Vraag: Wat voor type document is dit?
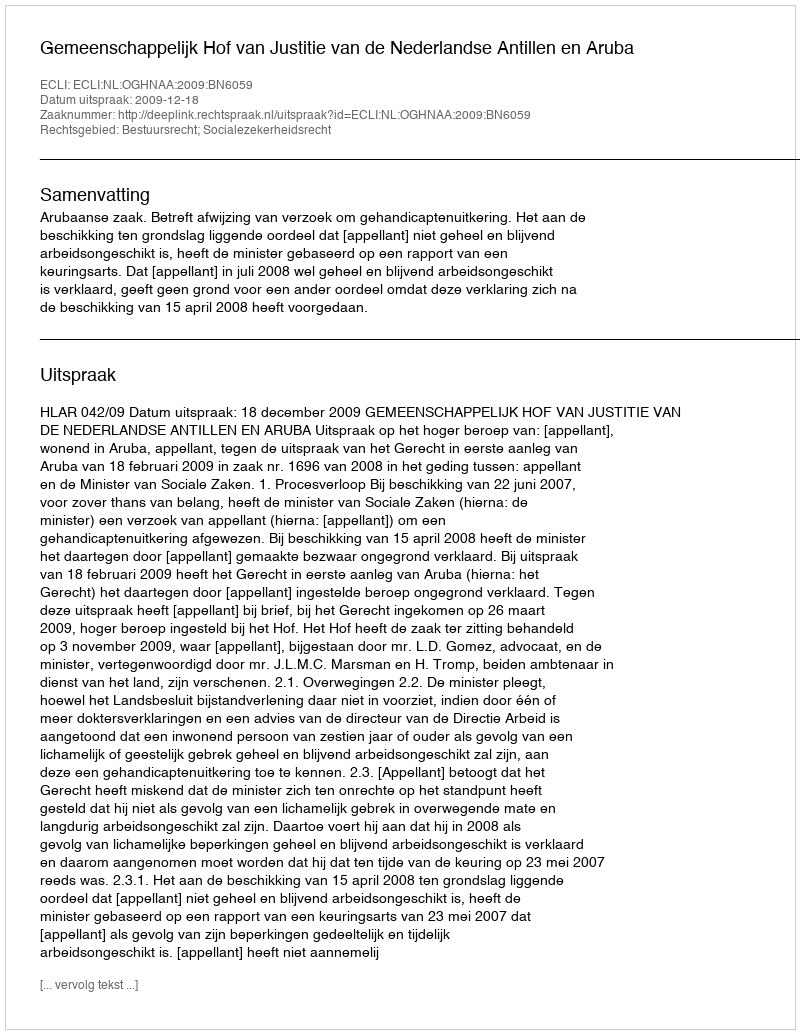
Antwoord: Uitspraak